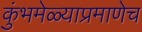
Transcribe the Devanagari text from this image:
कुंभमेळ्याप्रमाणेच